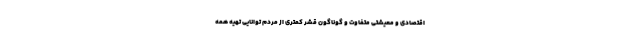
اقتصادی و معیشتی متفاوت و گوناگون قشر کمتری از مردم توانایی تهیه همه